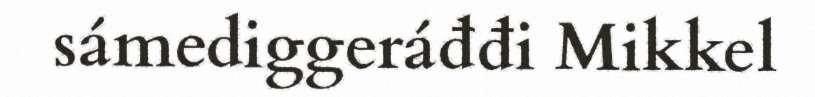
sámediggeráđđi Mikkel